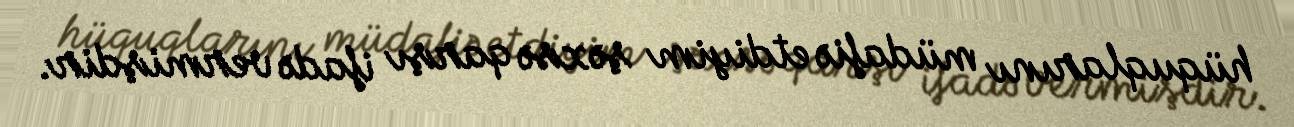
hüquqlarını müdafiə etdiyim şəxsə qarşı ifadə vermişdir.